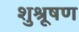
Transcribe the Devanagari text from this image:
शुश्रूषण